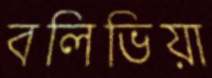
বলিভিয়া